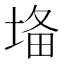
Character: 𡍉